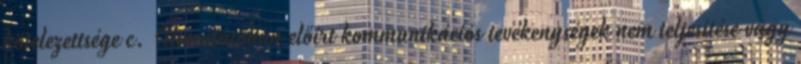
kötelezettsége c. Útmutatóban előírt kommunikációs tevékenységek nem teljesítése vagy